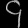
Digit: ၄